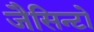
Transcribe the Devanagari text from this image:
जैसिन्टो